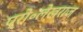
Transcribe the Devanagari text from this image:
प्रो॰लेखराज